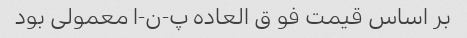
بر اساس قیمت فو ق العاده پ-ن-ا معمولی بود